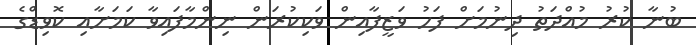
ބުނާ ކުރު މުއްދަތު ދިނުމަށް ފަހު ވަޒީފާއިން ވަކިކުރަން ނިންމާފައިވާ ކަމަށާއި ކޮވިޑްގެ